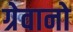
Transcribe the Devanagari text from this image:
ग्रेवानो